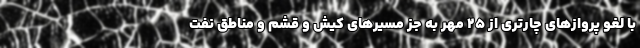
با لغو پروازهای چارتری از ۲۵ مهر به جز مسیرهای کیش و قشم و مناطق نفت